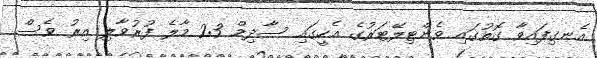
އެނގިފައިވާ ގޮތުގައި ވެންޓިލޭޓަރުގެ އެހީގައި ސާދިމް 23 މާލެ ފުރުވާލި އިރު ވެސް